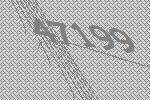
47199